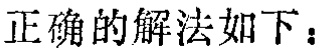
正确的解法如下：